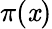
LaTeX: \pi(\mathit{x})